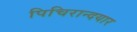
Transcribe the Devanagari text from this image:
पिचिरान्दयार